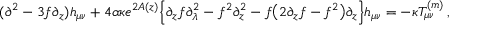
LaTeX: ( \partial ^ { 2 } - 3 f \partial _ { z } ) h _ { \mu \nu } + 4 \alpha \kappa e ^ { 2 A ( z ) } \Big \{ \partial _ { z } f \partial _ { \lambda } ^ { 2 } - f ^ { 2 } \partial _ { z } ^ { 2 } - f \big ( 2 \partial _ { z } f - f ^ { 2 } \big ) \partial _ { z } \Big \} h _ { \mu \nu } = - \kappa T _ { \mu \nu } ^ { ( m ) } \, ,